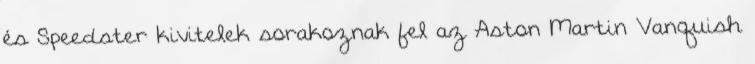
és Speedster kivitelek sorakoznak fel az Aston Martin Vanquish